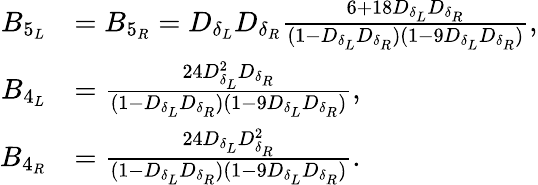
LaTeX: \begin{array}{rl}{B_{5_{L}}}&{=B_{5_{R}}=D_{\delta_{L}}D_{\delta_{R}}\frac{6+18D_{\delta_{L}}D_{\delta_{R}}}{(1-D_{\delta_{L}}D_{\delta_{R}})(1-9D_{\delta_{L}}D_{\delta_{R}})}\mathrm{,}}\\ {B_{4_{L}}}&{=\frac{24D_{\delta_{L}}^{2}D_{\delta_{R}}}{(1-D_{\delta_{L}}D_{\delta_{R}})(1-9D_{\delta_{L}}D_{\delta_{R}})}\mathrm{,}}\\ {B_{4_{R}}}&{=\frac{24D_{\delta_{L}}D_{\delta_{R}}^{2}}{(1-D_{\delta_{L}}D_{\delta_{R}})(1-9D_{\delta_{L}}D_{\delta_{R}})}\mathrm{.}}\end{array}